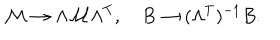
\mathcal { M } \rightarrow \Lambda \mathcal { M } \Lambda ^ { T } , \quad B \rightarrow ( \Lambda ^ { T } ) ^ { - 1 } B .